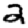
Digit: 2